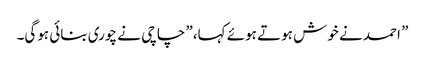
” احمد نے خوش ہوتے ہوئے کہا،” چاچی نے چوری بنائی ہوگی۔